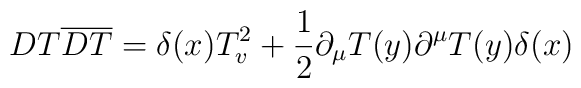
DT\overline{DT}=\delta(x)T^2_v+\frac{1}{2}\partial_{\mu}T(y)\partial^{\mu}T(y)\delta(x)